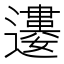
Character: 𨘠